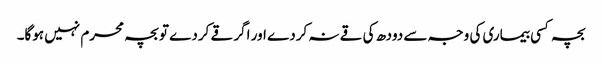
بچہ کسی بیماری کی وجہ سے دودھ کی قے نہ کردے اور اگر قے کردے تو بچہ محرم نہیں ہوگا۔